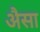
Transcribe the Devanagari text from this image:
अैसा